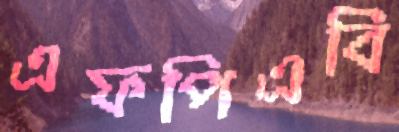
এফপিএবি